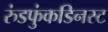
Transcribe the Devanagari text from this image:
रुंडफुंकडिनस्ट